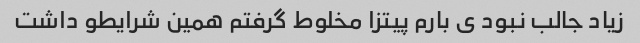
زیاد جالب نبود ی بارم پیتزا مخلوط گرفتم همین شرایطو داشت